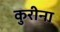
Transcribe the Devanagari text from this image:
कुरीना